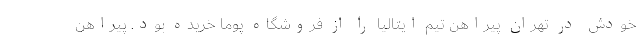
خودش در تهران پیراهن تیم ایتالیا را از فروشگاه پوما خریده بود. پیراهن